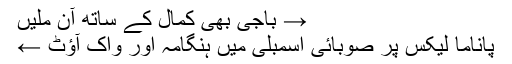
→ باجی بھی کمال کے ساتھ آن ملیں
پاناما لیکس پر صوبائی اسمبلی میں ہنگامہ اور واک آؤٹ ←